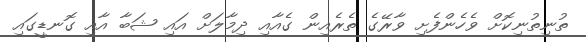
ތުނިތުނިކޮށް ވެހެންފެށި ވާރޭގެ ތެރެއިން ގެއާއި ދިމާލަށް އައި ޝަބާ އާއި ގޮނޑީގައި